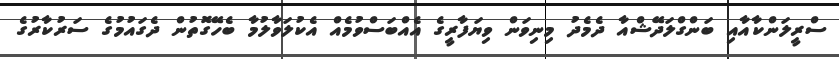
ސްރީލަންކާއާއި ބަންގްލަދޭޝްއާ ދެމެދު މިނިވަން ވިޔަފާރީގެ އެއްބަސްވުމެއް އެކުލަވާލުމާ ބެހޭގޮތުން ދެގައުމުގެ ސަރުކާރުގެ